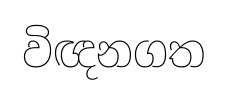
විඥනගත